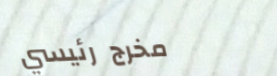
مخرج رئيسي